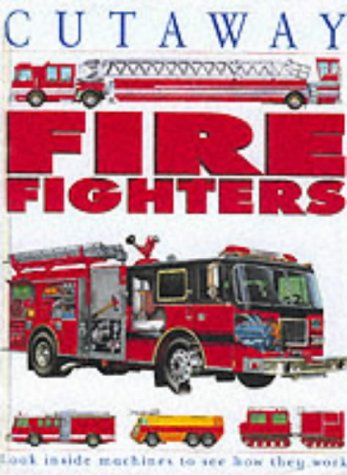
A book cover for Cutaway Fire Fighters; Jon Kirkwood; Children's Books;